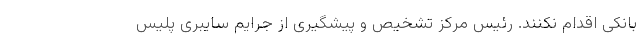
بانکی اقدام نکنند. رئیس مرکز تشخیص و پیشگیری از جرایم سایبری پلیس